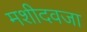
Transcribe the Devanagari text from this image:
मशीदवजा